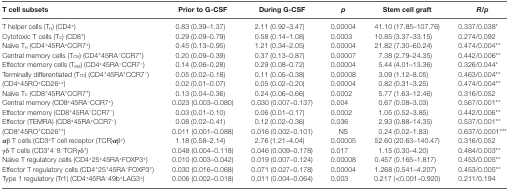
<table><thead><tr><td><b>T cell subsets</b></td><td><b>Prior to G-CSF</b></td><td><b>During G-CSF</b></td><td><b><i>p</i></b></td><td><b>Stem cell graft</b></td><td><b><i>R</i>/<i>p</i></b></td></tr></thead><tbody><tr><td>T helper cells (T<sub>H</sub>) (CD4<sup>+</sup>)</td><td>0.83 (0.39–1.37)</td><td>2.11 (0.92–3.47)</td><td>0.00004</td><td>41.10 (17.85–107.76)</td><td>0.337/0.038*</td></tr><tr><td>Cytotoxic T cells (T<sub>C</sub>) (CD8<sup>+</sup>)</td><td>0.29 (0.09–0.79)</td><td>0.58 (0.14–1.08)</td><td>0.0003</td><td>10.85 (3.37–33.15)</td><td>0.274/0.092</td></tr><tr><td>Naïve T<sub>H</sub> (CD4<sup>+</sup>45RA<sup>+</sup>CCR7<sup>+</sup>)</td><td>0.45 (0.13–0.95)</td><td>1.21 (0.34–2.05)</td><td>0.00004</td><td>21.82 (7.30–60.24)</td><td>0.474/0.004**</td></tr><tr><td>Central memory cells (T<sub>CM</sub>) (CD4<sup>+</sup>45RA<sup>−</sup>CCR7<sup>+</sup>)</td><td>0.20 (0.09–0.39)</td><td>0.37 (0.13–0.87)</td><td>0.00007</td><td>7.38 (2.79–24.35)</td><td>0.442/0.006**</td></tr><tr><td>Effector memory cells (T<sub>EM</sub>) (CD4<sup>+</sup>45RA<sup>−</sup>CCR7<sup>−</sup>)</td><td>0.14 (0.06–0.28)</td><td>0.29 (0.08–0.72)</td><td>0.00004</td><td>5.44 (4.01–13.36)</td><td>0.326/0.044*</td></tr><tr><td>Terminally differentiated (T<sub>TD</sub>) (CD4<sup>+</sup>45RA<sup>+</sup>CCR7<sup>−</sup>)</td><td>0.05 (0.02–0.18)</td><td>0.11 (0.05–0.38)</td><td>0.00008</td><td>3.09 (1.12–8.05)</td><td>0.463/0.004**</td></tr><tr><td>(CD4<sup>+</sup>45RO<sup>+</sup>CD26<sup>++</sup>)</td><td>0.02 (0.01–0.07)</td><td>0.05 (0.02–0.20)</td><td>0.00004</td><td>0.82 (0.31–3.25)</td><td>0.474/0.004**</td></tr><tr><td>Naïve T<sub>C</sub> (CD8<sup>+</sup>45RA<sup>+</sup>CCR7<sup>+</sup>)</td><td>0.13 (0.04–0.36)</td><td>0.24 (0.06–0.66)</td><td>0.0002</td><td>5.77 (1.63–12.46)</td><td>0.316/0.052</td></tr><tr><td>Central memory (CD8<sup>+</sup>45RA<sup>−</sup>CCR7<sup>+</sup>)</td><td>0.023 (0.003–0.080)</td><td>0.030 (0.007–0.137)</td><td>0.004</td><td>0.67 (0.08–3.03)</td><td>0.567/0.001**</td></tr><tr><td>Effector memory (CD8<sup>+</sup>45RA<sup>−</sup>CCR7<sup>−</sup>)</td><td>0.03 (0.01–0.10)</td><td>0.06 (0.01–0.17)</td><td>0.0002</td><td>1.05 (0.52–3.85)</td><td>0.442/0.006**</td></tr><tr><td>Effector (TEMRA) (CD8<sup>+</sup>45RA<sup>+</sup>CCR7<sup>−</sup>)</td><td>0.08 (0.02–0.41)</td><td>0.12 (0.02–0.36)</td><td>0.036</td><td>2.93 (0.88–14.35)</td><td>0.537/0.001**</td></tr><tr><td>(CD8<sup>+</sup>45RO<sup>+</sup>CD26<sup>++</sup>)</td><td>0.011 (0.001–0.088)</td><td>0.016 (0.002–0.101)</td><td>NS</td><td>0.24 (0.02–1.83)</td><td>0.637/0.0001***</td></tr><tr><td><i>α</i>β T cells (CD3<sup>+</sup>T cell receptor (TCR)<i>α</i>β<sup>+</sup>)</td><td>1.18 (0.58–2.14)</td><td>2.76 (1.21–4.04)</td><td>0.00005</td><td>52.60 (20.63–140.47)</td><td>0.316/0.052</td></tr><tr><td>γδ T cells (CD3<sup>+</sup>4<sup>−</sup>8<sup>−</sup>TCRγδ<sup>+</sup>)</td><td>0.048 (0.004–0.118)</td><td>0.046 (0.009–0.178)</td><td>0.017</td><td>1.15 (0.30–4.20)</td><td>0.484/0.003**</td></tr><tr><td>Naïve T regulatory cells (CD4<sup>+</sup>25<sup>+</sup>45RA<sup>+</sup>FOXP3<sup>+</sup>)</td><td>0.010 (0.003–0.042)</td><td>0.019 (0.007–0.124)</td><td>0.00008</td><td>0.457 (0.165–1.817)</td><td>0.453/0.005**</td></tr><tr><td>Effector T regulatory cells (CD4<sup>+</sup>25<sup>+</sup>45RA<sup>−</sup>FOXP3<sup>+</sup>)</td><td>0.030 (0.016–0.068)</td><td>0.071 (0.027–0.178)</td><td>0.00004</td><td>1.268 (0.541–4.207)</td><td>0.453/0.005**</td></tr><tr><td>Type 1 regulatory (Tr1) (CD4<sup>+</sup>45RA<sup>−</sup>49b<sup>+</sup>LAG3<sup>+</sup>)</td><td>0.006 (0.002–0.018)</td><td>0.011 (0.004–0.064)</td><td>0.003</td><td>0.217 (&lt;0.001–0.920)</td><td>0.211/0.194</td></tr></tbody></table>